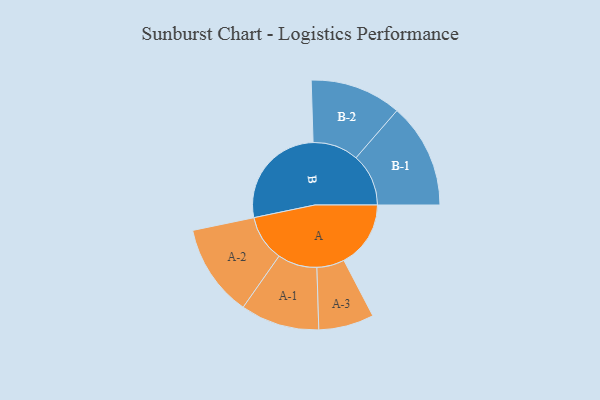
{"axis": {"x": "Segment", "y": "Value"}, "legend": ["", "A", "B"], "data": [{"x": "A", "y": 266, "type": ""}, {"x": "B", "y": 426, "type": ""}, {"x": "A-1", "y": 157, "type": "A"}, {"x": "A-2", "y": 184, "type": "A"}, {"x": "A-3", "y": 110, "type": "A"}, {"x": "B-1", "y": 209, "type": "B"}, {"x": "B-2", "y": 182, "type": "B"}]}